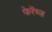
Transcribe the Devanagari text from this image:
फेरेंच्ज़